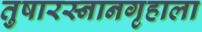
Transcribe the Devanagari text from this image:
तुषारस्नानगृहाला